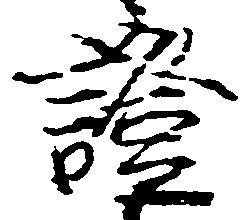
基